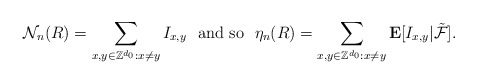
\begin{align*}{\mathcal N}_n(R)=\sum_{x,y\in \mathbb Z^{d_0}:x\ne y} I_{x,y}\ \ \mbox{and so}\ \ \eta_n(R)=\sum_{x,y\in \mathbb Z^{d_0}:x\ne y}\mathbf E[I_{x,y}|\tilde{\mathcal F}].\end{align*}